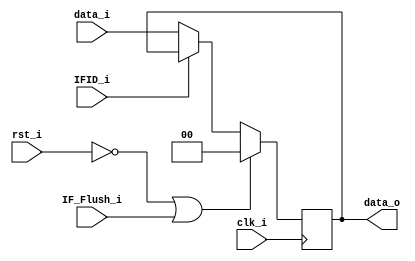
//0516094 0516077
module Pipe_Reg_IFID(
	clk_i,
	rst_i,
	data_i,
	IFID_i,
	IF_Flush_i,
	data_o
);
parameter size = 0;

input clk_i;
input rst_i;
input [size-1:0] data_i;
input IFID_i;
input IF_Flush_i;
output reg [size-1:0] data_o;

always@(posedge clk_i) begin
    if(~rst_i || IF_Flush_i == 1'b1)
        data_o <= 0;
    else if(IFID_i == 1'b1)
	data_o <= data_o;
    else
        data_o <= data_i;
end

endmodule